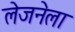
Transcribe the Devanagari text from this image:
लेजनेला